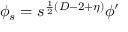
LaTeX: \phi _ { s } = s ^ { \frac { 1 } { 2 } ( D - 2 + \eta ) } \phi ^ { \prime }